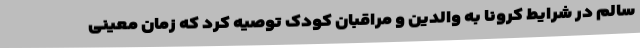
سالم در شرایط کرونا به والدین و مراقبان کودک توصیه کرد که زمان معینی